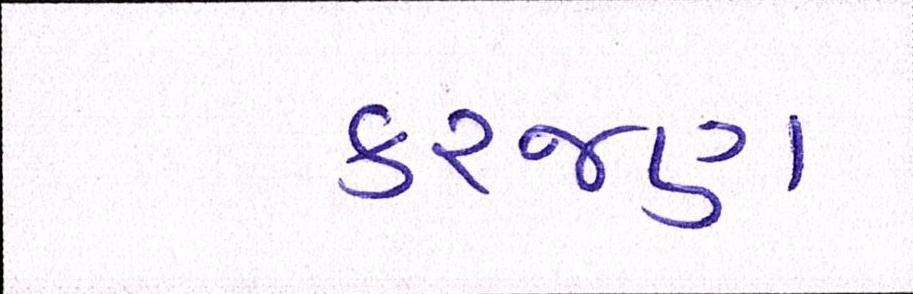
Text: કરજણ